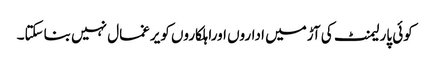
کوئی پارلیمنٹ کی آڑمیں اداروں اوراہلکاروں کویرغمال نہیں بناسکتا۔